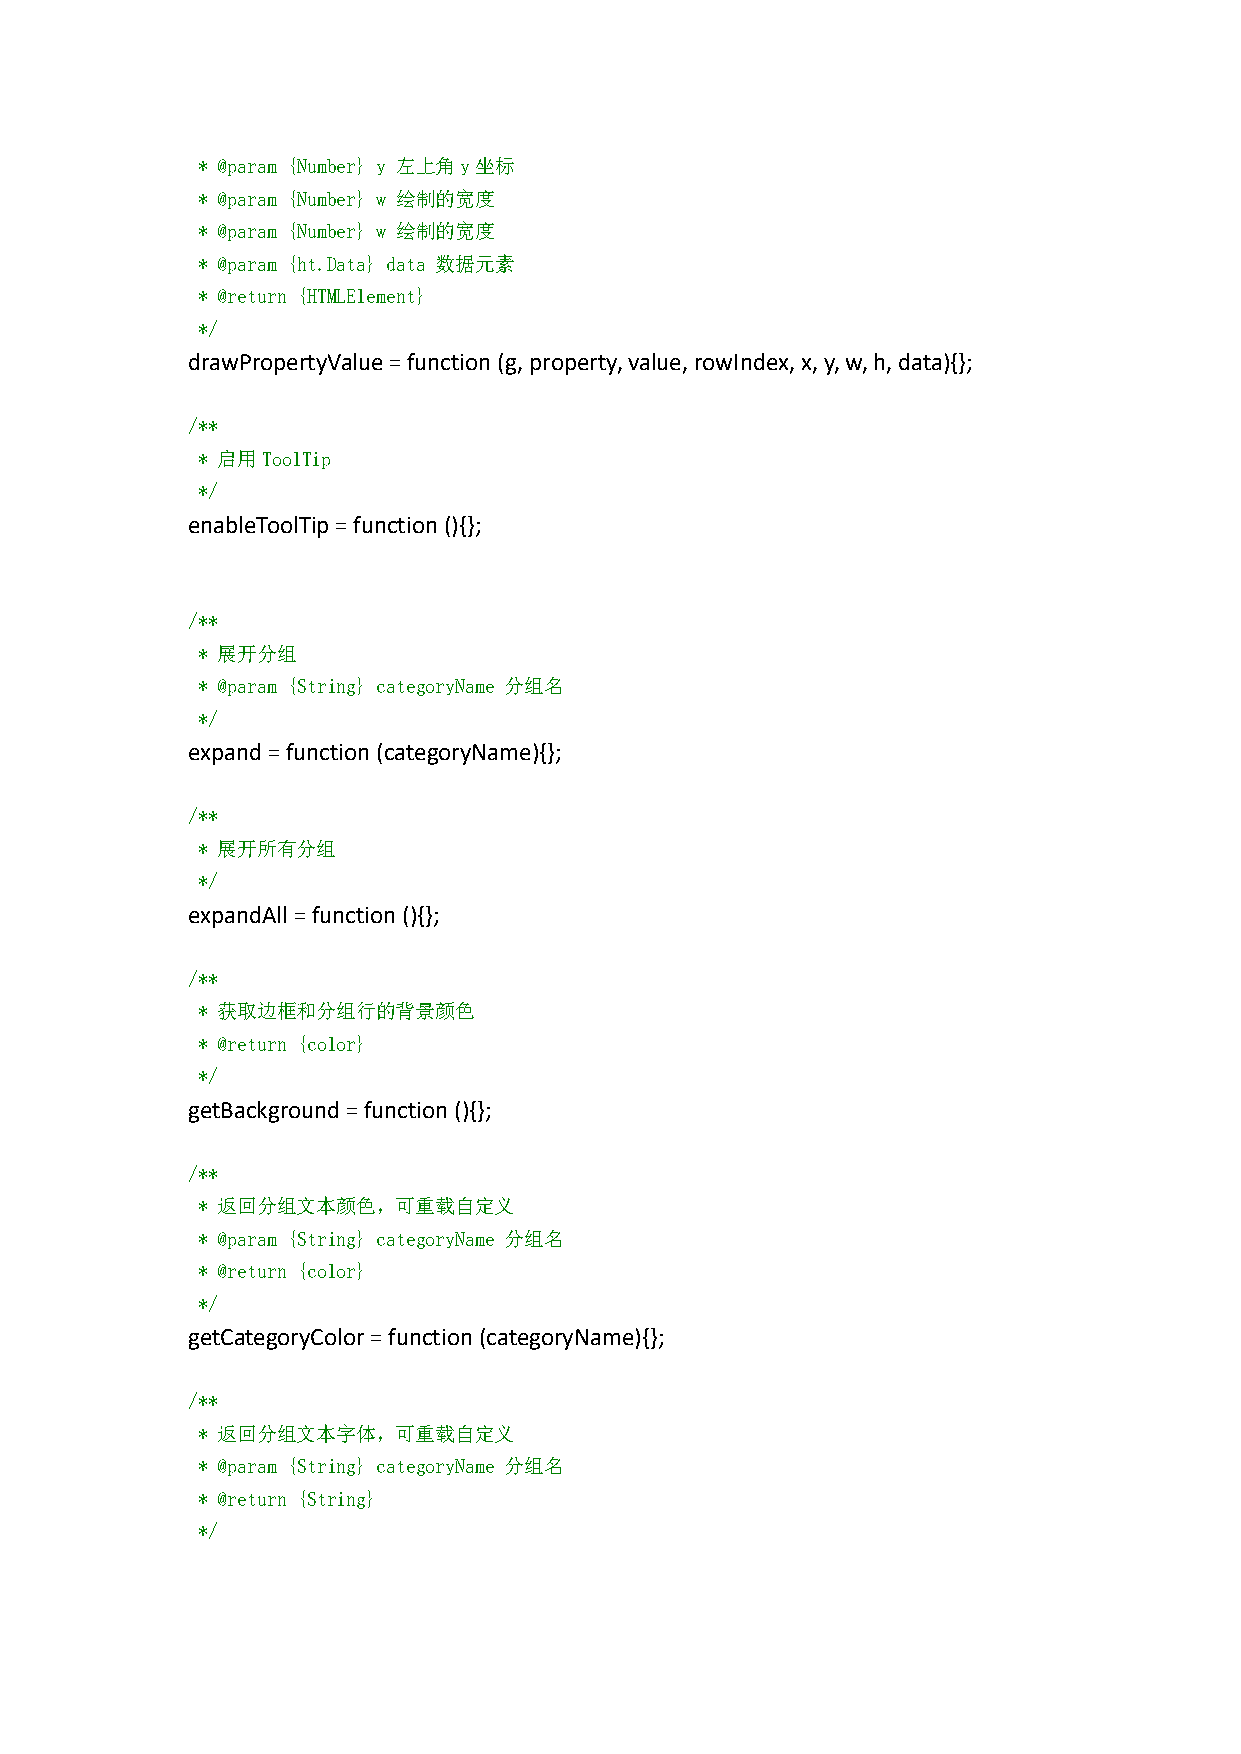
* @param {Number} y 左上角y坐标
 * @param {Number} w 绘制的宽度
 * @param {Number} w 绘制的宽度
 * @param {ht.Data} data 数据元素
 * @return {HTMLElement}
 */
 drawPropertyValue=function(g, property,value,rowIndex,x,y,w,h,data){};
 /**
 * 启用ToolTip
 */
 enableToolTip=function(){};
 /**
 * 展开分组
 * @param {String} categoryName 分组名
 */
 expand=function(categoryName){};
 /**
 * 展开所有分组
 */
 expandAll =function(){};
 /**
 * 获取边框和分组行的背景颜色
 * @return {color}
 */
 getBackground=function(){};
 /**
 * 返回分组文本颜色，可重载自定义
 * @param {String} categoryName 分组名
 * @return {color}
 */
 getCategoryColor=function(categoryName){};
 /**
 * 返回分组文本字体，可重载自定义
 * @param {String} categoryName 分组名
 * @return {String}
 */